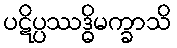
ပဋိပ္ပဿဒ္ဓိမက္ခာသိ